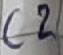
Text: C2